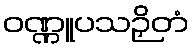
ဝဏ္ဏူပသဉှိတံ